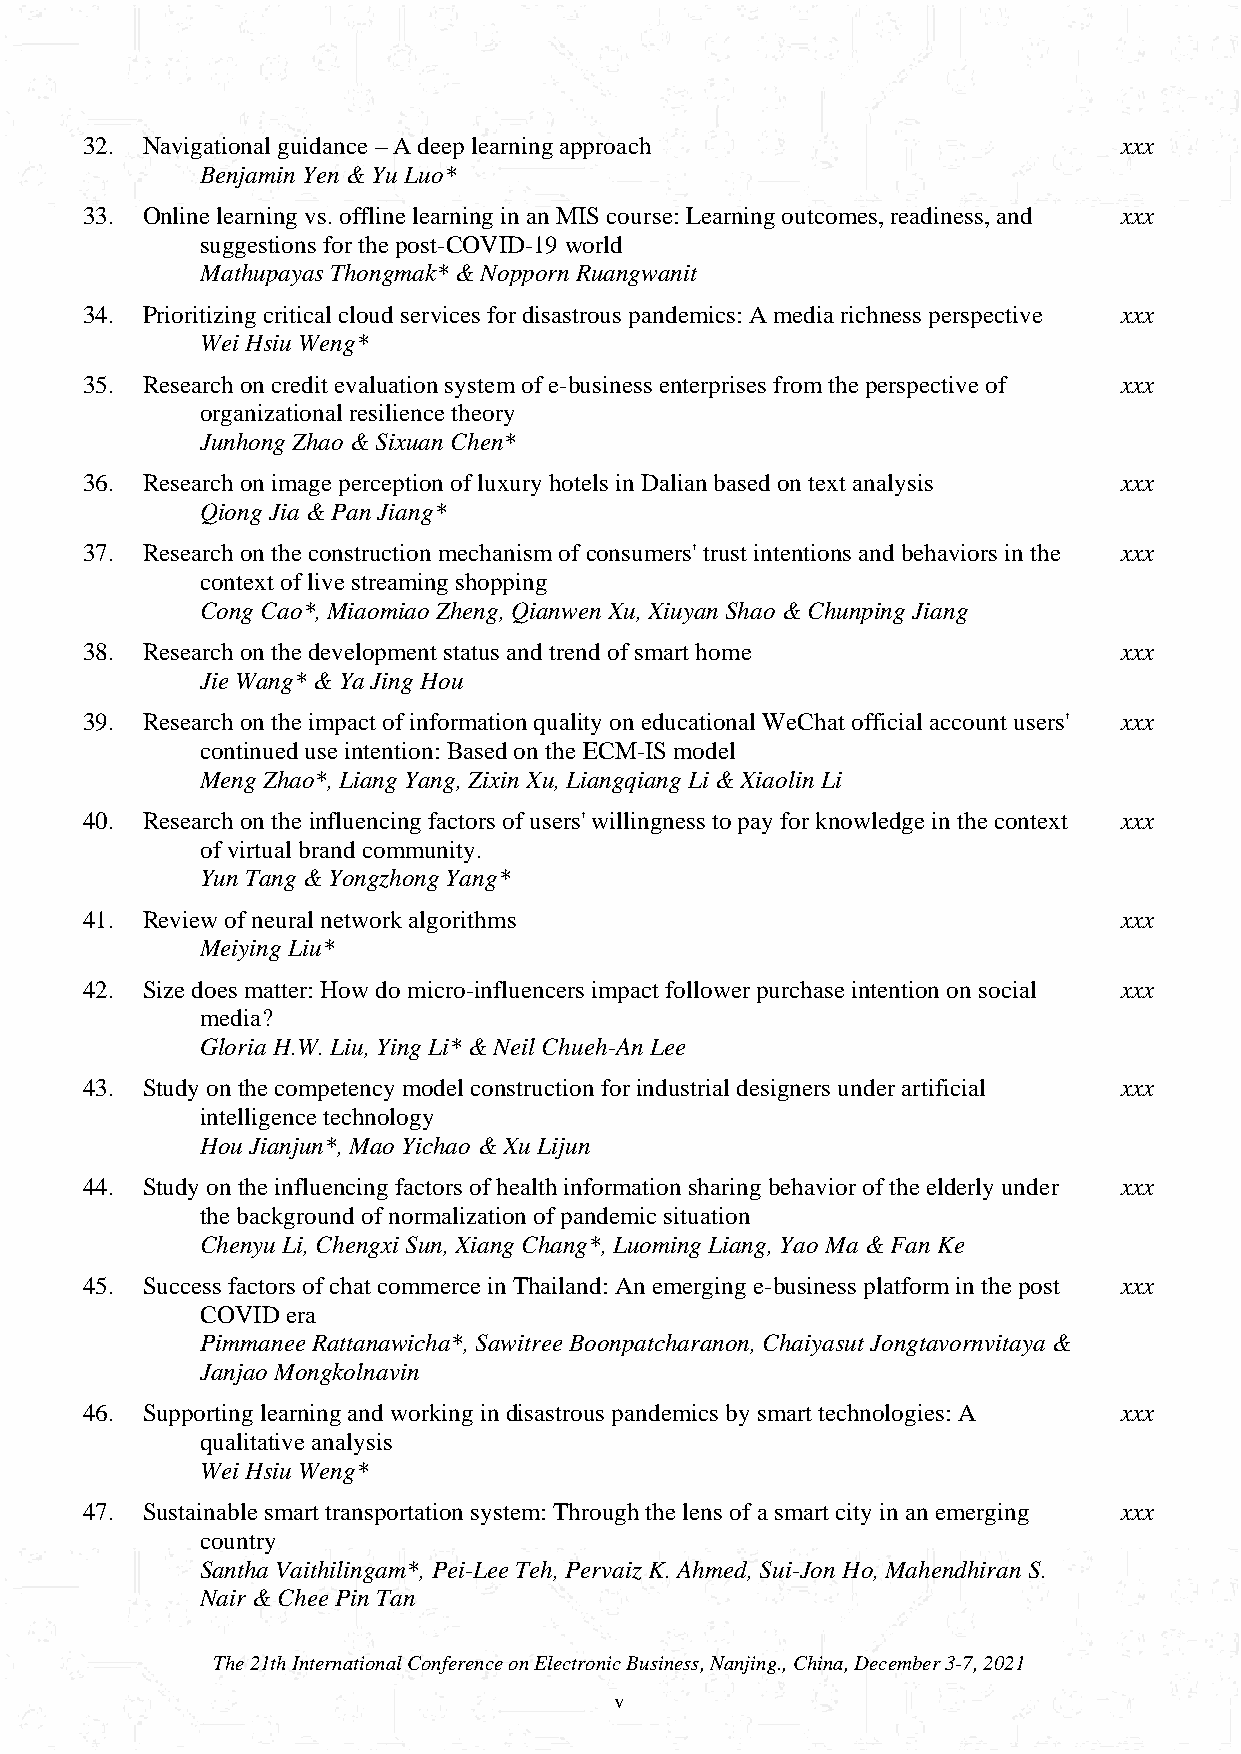
32. Navigational guidance – A deep learning approach                xxx
 55
 Benjamin Yen & Yu Luo*
 33. Online learning vs. offline learning in an MIS course: Learning outcomes, readiness, and xxx
 suggestions for the post-COVID-19 world                          8
 Mathupayas Thongmak* & Nopporn Ruangwanit
 34. Prioritizing critical cloud services for disastrous pandemics: A media richness perspective xxx
 13
 Wei Hsiu Weng*
 35. Research on credit evaluation system of e-business enterprises from the perspective of xxx
 organizational resilience theory                                 71
 Junhong Zhao & Sixuan Chen*
 36. Research on image perception of luxury hotels in Dalian based on text analysis xxx
 86
 Qiong Jia & Pan Jiang*
 37. Research on the construction mechanism of consumers' trust intentions and behaviors in the xxx
 context of live streaming shopping                               79
 Cong Cao*, Miaomiao Zheng, Qianwen Xu, Xiuyan Shao & Chunping Jiang
 38. Research on the development status and trend of smart home      xxx
 50
 Jie Wang* & Ya Jing Hou
 39. Research on the impact of information quality on educational WeChat official account users' xxx
 continued use intention: Based on the ECM-IS model               89
 Meng Zhao*, Liang Yang, Zixin Xu, Liangqiang Li & Xiaolin Li
 40. Research on the influencing factors of users' willingness to pay for knowledge in the context xxx
 of virtual brand community.                                      69
 Yun Tang & Yongzhong Yang*
 41. Review of neural network algorithms                             xxx
 93
 Meiying Liu*
 42. Size does matter: How do micro-influencers impact follower purchase intention on social xxx
 media?                                                           14
 Gloria H.W. Liu, Ying Li* & Neil Chueh-An Lee
 43. Study on the competency model construction for industrial designers under artificial xxx
 intelligence technology                                          29
 Hou Jianjun*, Mao Yichao & Xu Lijun
 44. Study on the influencing factors of health information sharing behavior of the elderly under xxx
 the background of normalization of pandemic situation            64
 Chenyu Li, Chengxi Sun, Xiang Chang*, Luoming Liang, Yao Ma & Fan Ke
 45. Success factors of chat commerce in Thailand: An emerging e-business platform in the post xxx
 COVID era
 88
 Pimmanee Rattanawicha*, Sawitree Boonpatcharanon, Chaiyasut Jongtavornvitaya &
 Janjao Mongkolnavin
 46. Supporting learning and working in disastrous pandemics by smart technologies: A xxx
 qualitative analysis                                             10
 Wei Hsiu Weng*
 47. Sustainable smart transportation system: Through the lens of a smart city in an emerging xxx
 country
 36
 Santha Vaithilingam*, Pei-Lee Teh, Pervaiz K. Ahmed, Sui-Jon Ho, Mahendhiran S.
 Nair & Chee Pin Tan
 The 21th International Conference on Electronic Business, Nanjing., China, December 3-7, 2021
 v